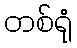
တစ်ရုံ